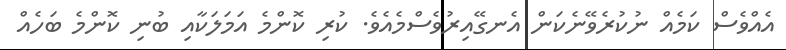
އެއްވެސް ކަމެއް ނުކުރެވޭނެކަން އެނގޭއިރުވެސްމެއެވެ. ކުރި ކޮންމެ އަމަލަކާއި ބުނި ކޮންމެ ބަހެއް